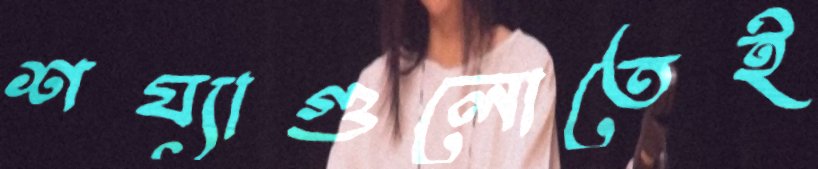
শয্যাগুলোতেই